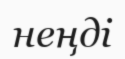
неңді